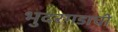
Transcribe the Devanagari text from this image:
भुदरगडाची